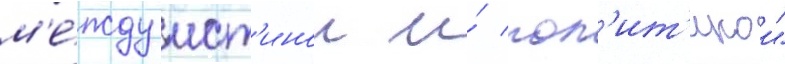
м'е́жду ист'инои и́ пол'ит'икои"